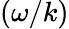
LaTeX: (\omega/k)